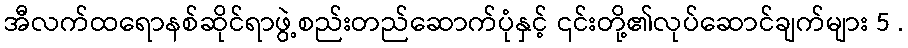
အီလက်ထရောနစ်ဆိုင်ရာဖွဲ့စည်းတည်ဆောက်ပုံနှင့် ၎င်းတို့၏လုပ်ဆောင်ချက်များ 5 .